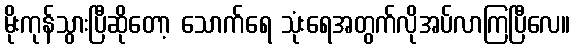
မိုးကုန်သွားပြီဆိုတော့ သောက်ရေ သုံးရေအတွက်လိုအပ်လာကြပြီလေ။